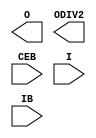
///////////////////////////////////////////////////////////////////////////////
// Copyright (c) 1995/2010 Xilinx, Inc.
// All Right Reserved.
///////////////////////////////////////////////////////////////////////////////
//   ____  ____
//  /   /\/   /
// /___/  \  /    Vendor : Xilinx
// \   \   \/     Version : 13.1
//  \   \         Description : Xilinx Formal Library Component
//  /   /                  Differential Signaling Input Buffer
// /___/   /\     Filename : IBUFDS_GTE2.v
// \   \  /  \    Timestamp : Tue Jun  1 14:31:01 PDT 2010
//  \___\/\___\
//
// Revision:
//    06/01/10 - Initial version.
// End Revision

`timescale  1 ps / 1 ps

module IBUFDS_GTE2 (
  O,
  ODIV2,

  CEB,
  I,
  IB
);

  parameter CLKCM_CFG = "TRUE";
  parameter CLKRCV_TRST = "TRUE";
  parameter CLKSWING_CFG = "TRUE";

  output O;
  output ODIV2;

  input CEB;
  input I;
  input IB;

endmodule